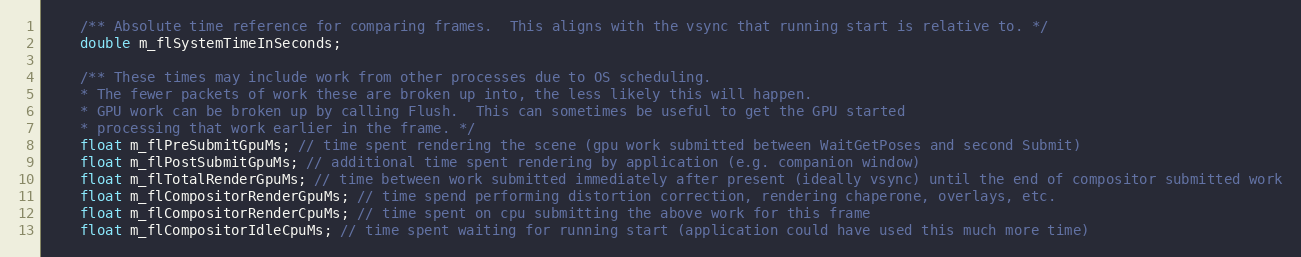
Language: C
	/** Absolute time reference for comparing frames.  This aligns with the vsync that running start is relative to. */
	double m_flSystemTimeInSeconds;

	/** These times may include work from other processes due to OS scheduling.
	* The fewer packets of work these are broken up into, the less likely this will happen.
	* GPU work can be broken up by calling Flush.  This can sometimes be useful to get the GPU started
	* processing that work earlier in the frame. */
	float m_flPreSubmitGpuMs; // time spent rendering the scene (gpu work submitted between WaitGetPoses and second Submit)
	float m_flPostSubmitGpuMs; // additional time spent rendering by application (e.g. companion window)
	float m_flTotalRenderGpuMs; // time between work submitted immediately after present (ideally vsync) until the end of compositor submitted work
	float m_flCompositorRenderGpuMs; // time spend performing distortion correction, rendering chaperone, overlays, etc.
	float m_flCompositorRenderCpuMs; // time spent on cpu submitting the above work for this frame
	float m_flCompositorIdleCpuMs; // time spent waiting for running start (application could have used this much more time)